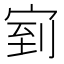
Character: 𭓴